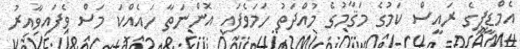
އެމްޑީޕީގެ ރައީސް ކަމުގެ މަޤާމުގެ މުއްދަތު ހަމަވެފައި އޮންނަތާ ހައެއްކަ މަސް ވެފައިވާއިރު